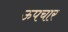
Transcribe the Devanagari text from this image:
ऊपचार